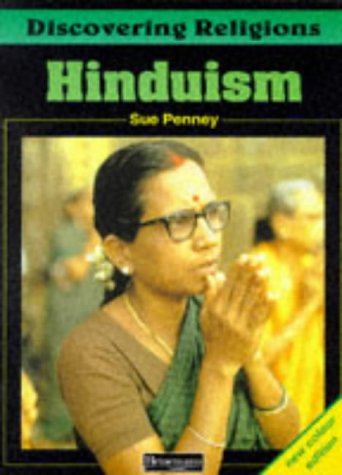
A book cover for Discovering Religions: Hinduism Core Student Book; Sue Penney; Teen & Young Adult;